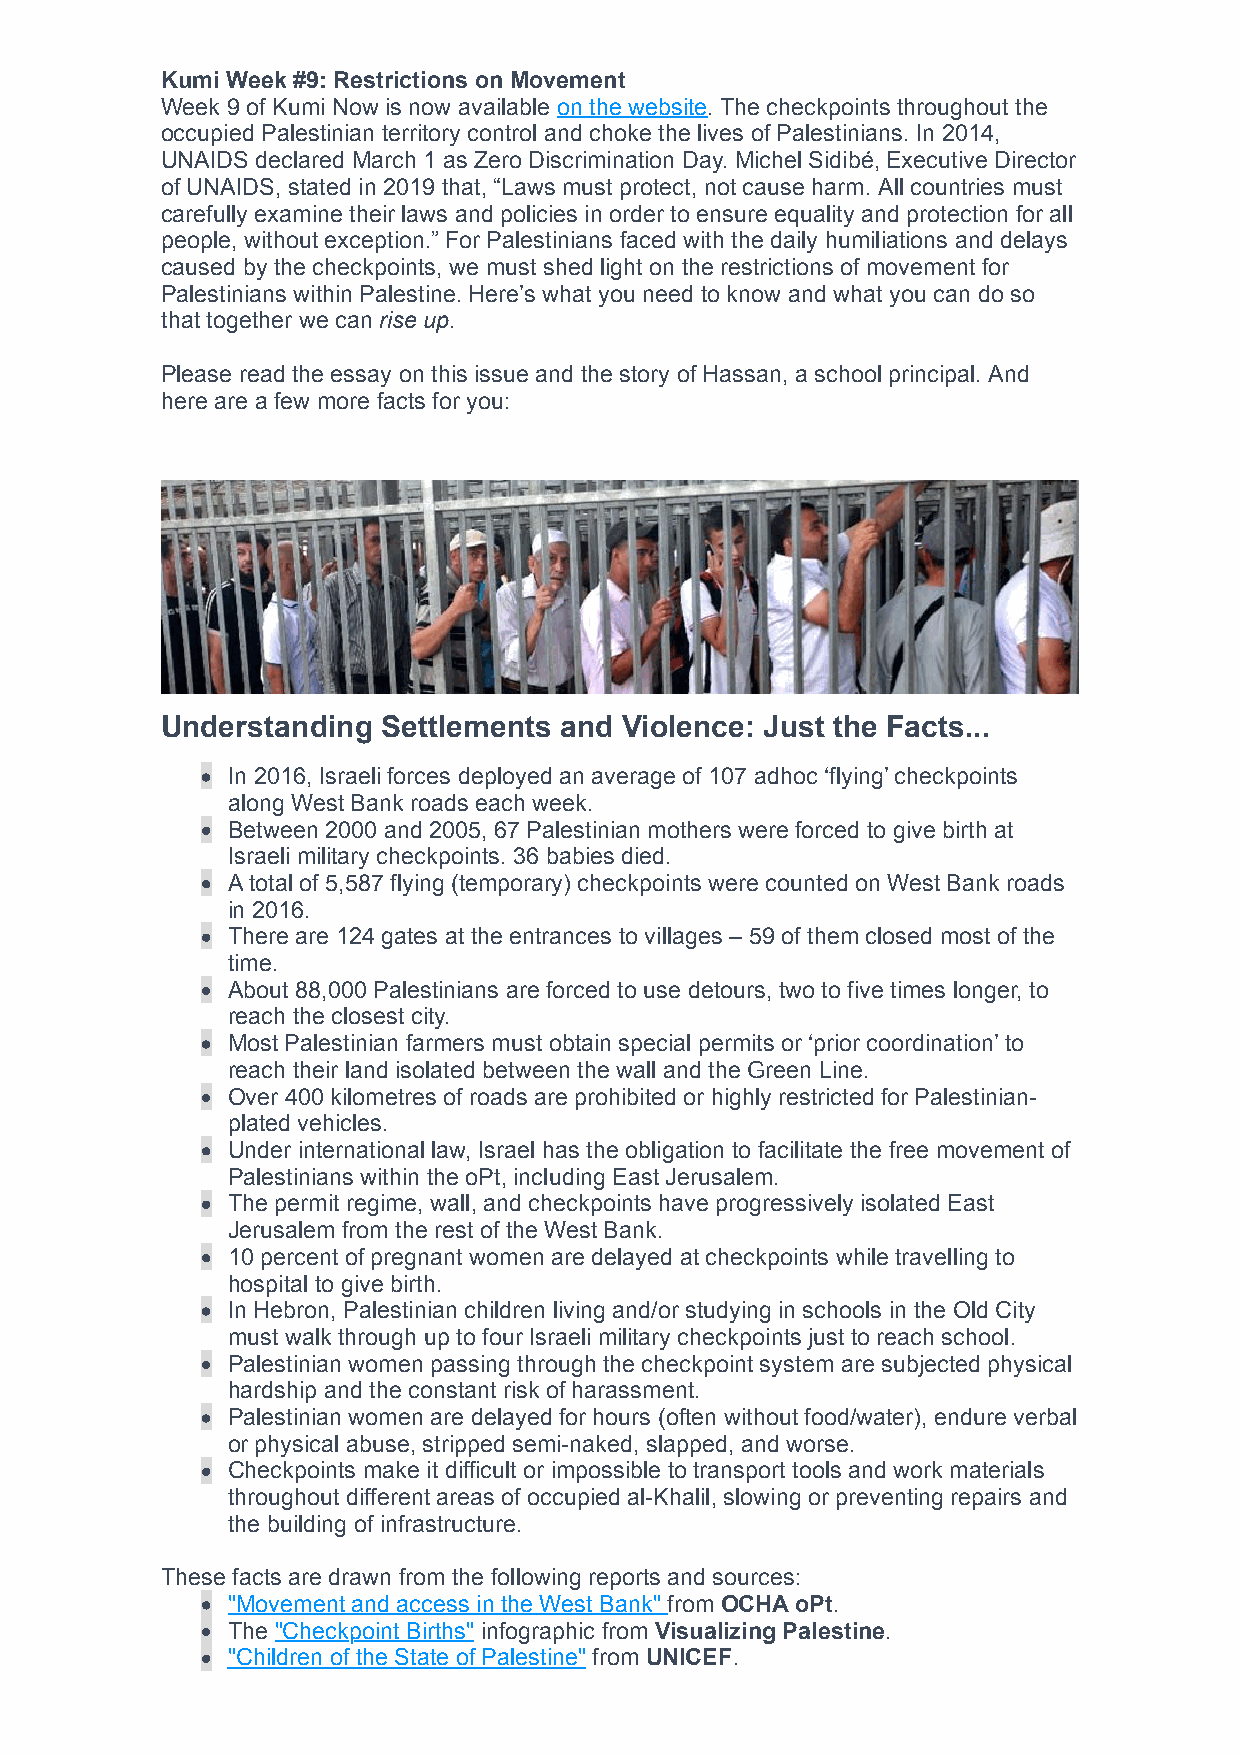
Kumi Week #9: Restrictions on Movement
 Week 9 of Kumi Now is now available on the website. The checkpoints throughout the
 occupied Palestinian territory control and choke the lives of Palestinians. In 2014,
 UNAIDS declared March 1 as Zero Discrimination Day. Michel Sidibé, Executive Director
 of UNAIDS, stated in 2019 that, “Laws must protect, not cause harm. All countries must
 carefully examine their laws and policies in order to ensure equality and protection for all
 people, without exception.” For Palestinians faced with the daily humiliations and delays
 caused by the checkpoints, we must shed light on the restrictions of movement for
 Palestinians within Palestine. Here’s what you need to know and what you can do so
 that together we can rise up.
 Please read the essay on this issue and the story of Hassan, a school principal. And
 here are a few more facts for you:
 Understanding Settlements and Violence: Just the Facts...
 In 2016, Israeli forces deployed an average of 107 adhoc ‘flying’ checkpoints
 along West Bank roads each week.
 Between 2000 and 2005, 67 Palestinian mothers were forced to give birth at
 Israeli military checkpoints. 36 babies died.
 A total of 5,587 flying (temporary) checkpoints were counted on West Bank roads
 in 2016.
 There are 124 gates at the entrances to villages – 59 of them closed most of the
 time.
 About 88,000 Palestinians are forced to use detours, two to five times longer, to
 reach the closest city.
 Most Palestinian farmers must obtain special permits or ‘prior coordination’ to
 reach their land isolated between the wall and the Green Line.
 Over 400 kilometres of roads are prohibited or highly restricted for Palestinian-
 plated vehicles.
 Under international law, Israel has the obligation to facilitate the free movement of
 Palestinians within the oPt, including East Jerusalem.
 The permit regime, wall, and checkpoints have progressively isolated East
 Jerusalem from the rest of the West Bank.
 10 percent of pregnant women are delayed at checkpoints while travelling to
 hospital to give birth.
 In Hebron, Palestinian children living and/or studying in schools in the Old City
 must walk through up to four Israeli military checkpoints just to reach school.
 Palestinian women passing through the checkpoint system are subjected physical
 hardship and the constant risk of harassment.
 Palestinian women are delayed for hours (often without food/water), endure verbal
 or physical abuse, stripped semi-naked, slapped, and worse.
 Checkpoints make it difficult or impossible to transport tools and work materials
 throughout different areas of occupied al-Khalil, slowing or preventing repairs and
 the building of infrastructure.
 These facts are drawn from the following reports and sources:
 "Movement and access in the West Bank" from OCHA oPt.
 The "Checkpoint Births" infographic from Visualizing Palestine.
 "Children of the State of Palestine" from UNICEF.